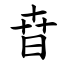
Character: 㫩